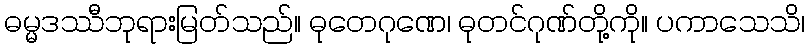
ဓမ္မဒဿီဘုရားမြတ်သည်။ ဓုတေဂုဏေ၊ ဓုတင်ဂုဏ်တို့ကို။ ပကာသေသိ၊